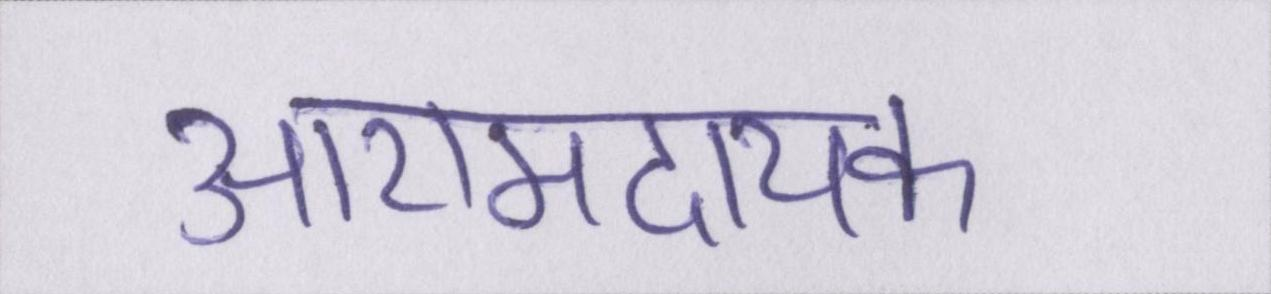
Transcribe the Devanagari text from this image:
आरामदायक